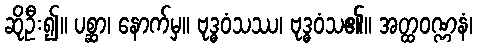
ဆိုဦး၍။ ပစ္ဆာ၊ နောက်မှ။ ဗုဒ္ဓဝံသဿ၊ ဗုဒ္ဓဝံသ၏။ အတ္ထဝဏ္ဏနံ၊